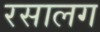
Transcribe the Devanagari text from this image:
रसालग